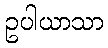
ဥပါယာသာ